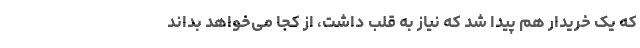
که یک خریدار هم پیدا شد که نیاز به قلب داشت، از کجا می‌خواهد بداند